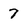
Character: 7